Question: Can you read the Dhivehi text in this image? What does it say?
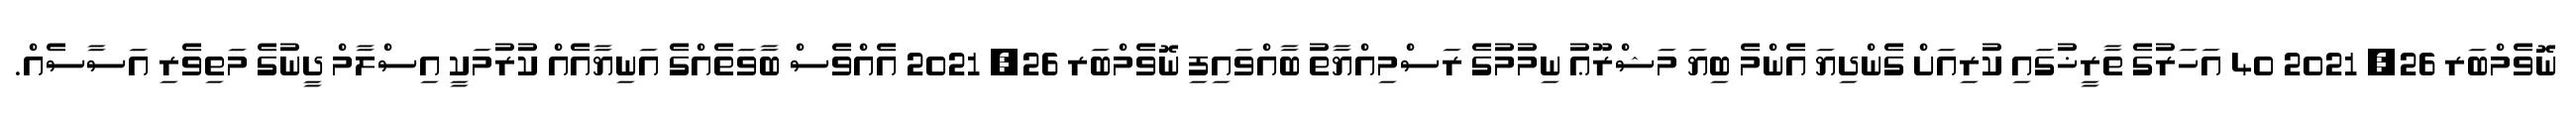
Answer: ނޮވެމްބަރ 26, 2021 40 އަހަރުގެ ތާރީޚުގައި ކުރިއަށް ގެންދިޔަ އެންމެ ބިޔަ މަޝްރޫޢު ނިމުމުގެ ރަސްމިއްޔާތު ބާއްވައިފި ނޮވެމްބަރ 26, 2021 އެއްވެސް ބާވަތެއްގެ އަނިޔާއެއް ކުރުމަކީ އިސްލާމް ދީނުގެ މަތިވެރި އަސާސެއް.